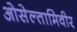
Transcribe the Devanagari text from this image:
ओसेल्तामिवीर